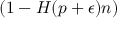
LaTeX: ( 1 - H ( p + \epsilon ) n )